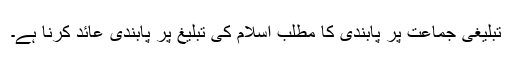
تبلیغی جماعت پر پابندی کا مطلب اسلام کی تبلیغ پر پابندی عائد کرنا ہے۔